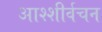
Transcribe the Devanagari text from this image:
आश्शीर्वचन